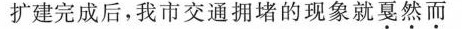
扩建完成后，我市交通拥堵的现象就戛然而